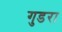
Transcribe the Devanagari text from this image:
गुडरा